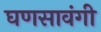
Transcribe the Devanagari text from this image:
घणसावंगी